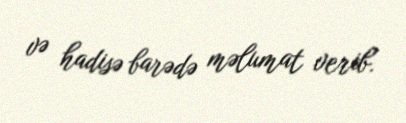
və hadisə barədə məlumat verib.